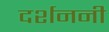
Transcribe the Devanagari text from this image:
दर्शननी